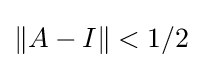
\|A-I\|<1/2